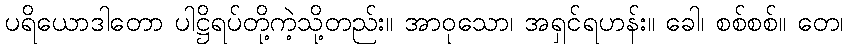
ပရိယောဒါတော ပါဋ္ဌိရပ်တို့ကဲ့သို့တည်း။ အာဝုသော၊ အရှင်ရဟန်း။ ခေါ၊ စစ်စစ်။ တေ၊